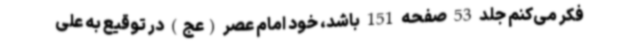
فکر می‌کنم جلد 53 صفحه 151 باشد، خود امام عصر (عج) در توقیع به علی